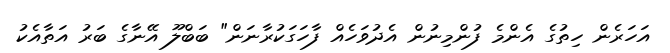
އަހަރެން ހިތުގެ އެންމެ ފުންމިނުން އެދުވަހެއް ފާހަަގަކުރާނަން" ބަބްލޫ އޭނާގެ ބަރު އަތާއެކު